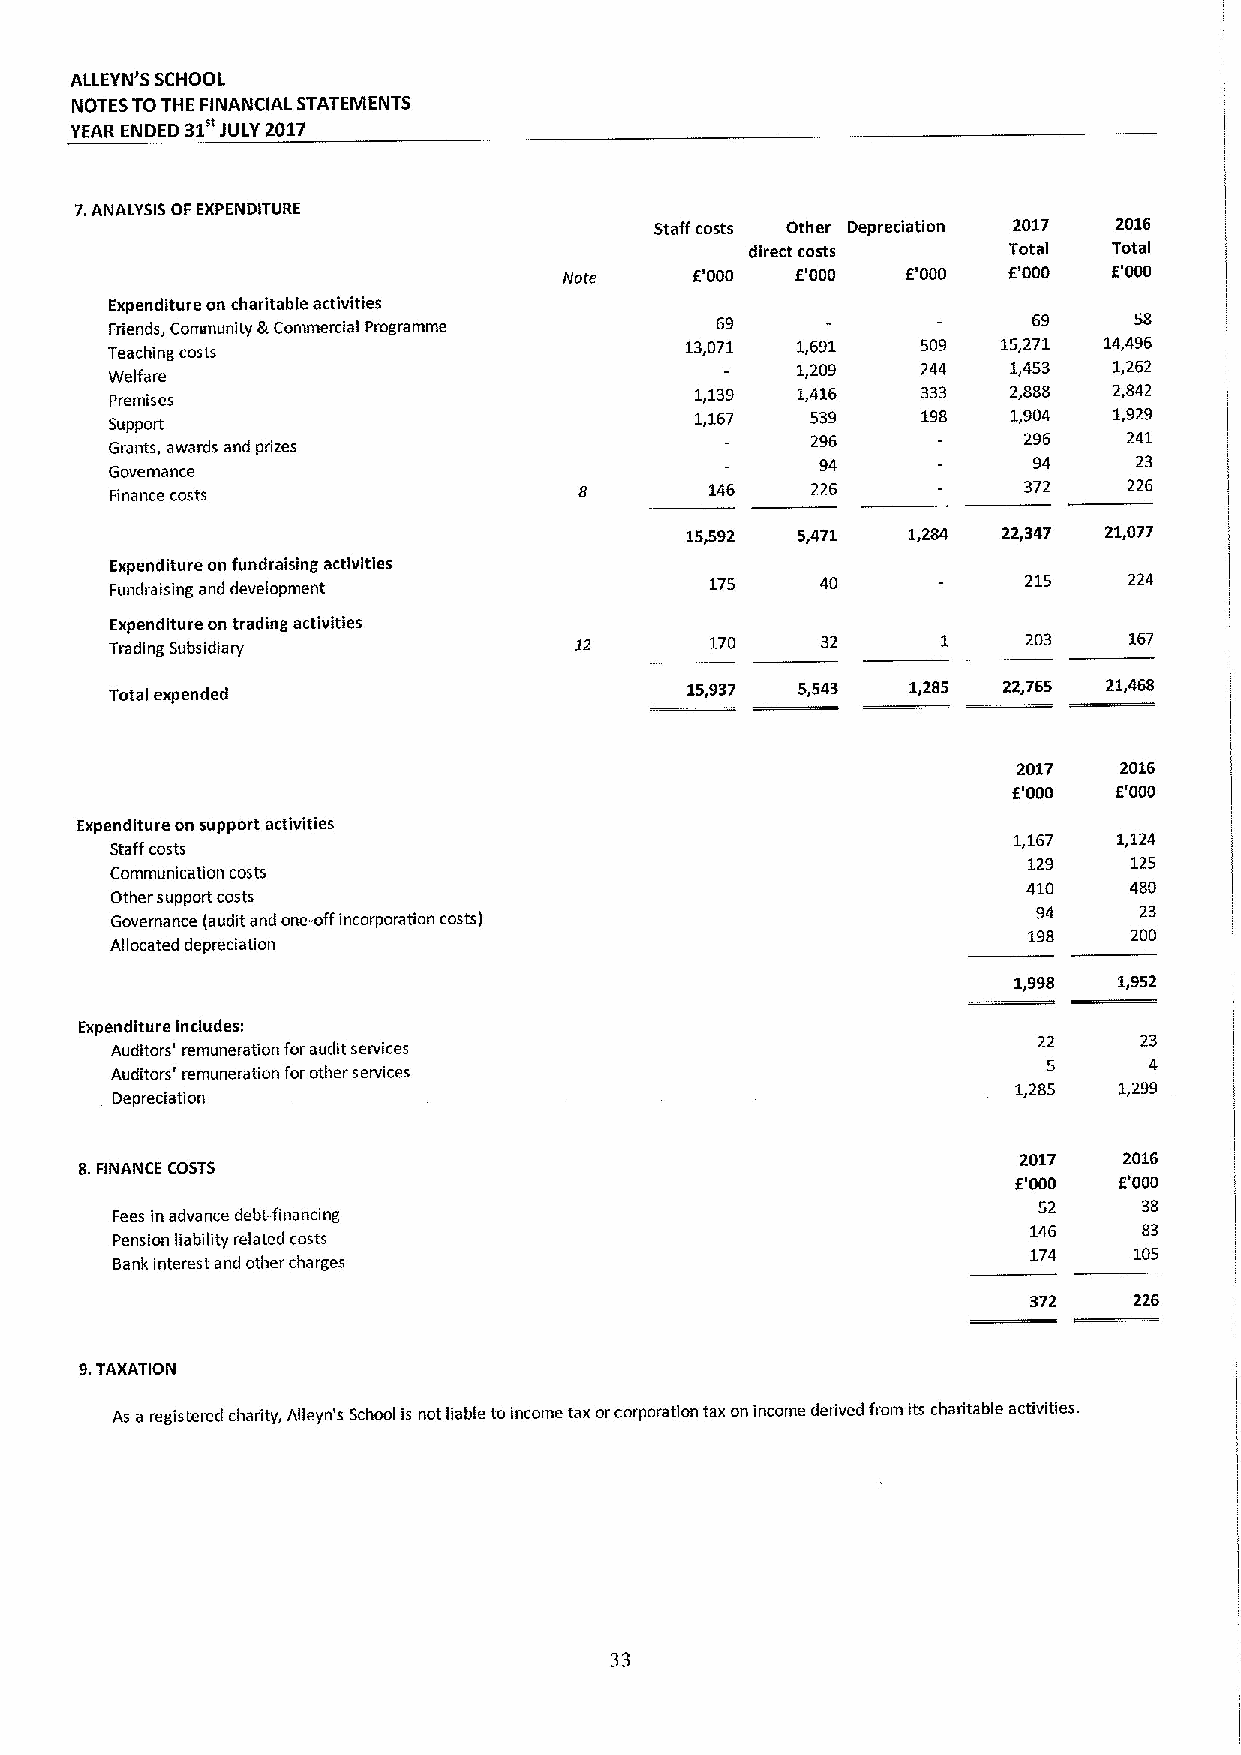
ALLEYN'S SCHOOL
 NOTES TOTHE FINANCIAL STATEMENTS
 YEAR ENDED 31 JULY 2017
 7.ANALYSIS OF EXPENDITURE
 Staffcosts Other Depreciation 2017 2016
 direct costs     Total  Total
 Note     E'000  E'000  6'000  6'000  E'000
 Expenditure on charitable activities
 Friends, Community &Commercial Programme 69                  69     58
 Teaching costs                        13,071  1,691   509  15,271 14,496
 Welfare
 1,209   244   1,453  1,262
 Premises
 1,139  1,416   333   2,888  2,842
 1,167   539    198   1,904  1,929
 Support
 296           296    241
 Grants, awards and prizes
 94            94     23
 Governance
 Finance costs                           146    226           372    226
 15,592  5,471  1,284 22,347 21,077
 Expenditure on fundraising activities
 Fundraising and development             175    40            215    224
 Expenditure on trading activities
 Trading Subsidiary             12       170    32            203    167
 Total expended                        15,937  5,543  1,285 22,765 21,468
 2017   2016
 E'000  f.'000
 Expenditure on support activities
 1,167  1,124
 Staff costs
 129    125
 Communication costs
 410    480
 Other support costs
 94    23
 Governance (audit and one-off incorporation costs)
 198    200
 Allocated depreciation
 1,998  1,952
 Expenditure includes:
 22    23
 Auditors' remuneration for audit services
 Auditors' remuneration for other services                     5      4
 1,285  1,299
 Depreciation
 2017   2016
 8.FINANCE COSTS
 E'000  f.'000
 52     38
 Fees in advance debt-financing
 146     83
 Pension liability related costs
 174    105
 Bank interest and other charges
 372    226
 9.TAXATION
 As a registered charity, Alleyn's School is not liable to income tax orcorporation tax on income derived from its charitable activities.
 33